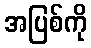
အပြစ်ကို